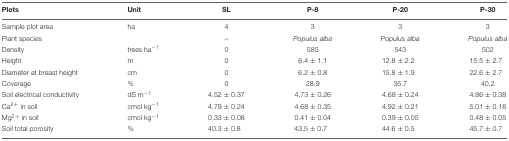
| Plots | Unit | SL | P-8 | P-20 | P-30 |
 | --- | --- | --- | --- | --- | --- |
 | Sample plot area | ha | 4 | 3 | 3 | 3 |
 | Plant species |  | – | Populus alba | Populus alba | Populus alba |
 | Density | trees ha-1 | 0 | 585 | 543 | 502 |
 | Height | m | 0 | 6.4 ± 1.1 | 12.8 ± 2.2 | 15.5 ± 2.7 |
 | Diameter at breast height | cm | 0 | 6.2 ± 0.8 | 15.8 ± 1.9 | 22.6 ± 2.7 |
 | Coverage | % | 0 | 28.9 | 35.7 | 40.2 |
 | Soil electrical conductivity | dS m-1 | 4.52 ± 0.37 | 4.73 ± 0.26 | 4.68 ± 0.24 | 4.86 ± 0.38 |
 | Ca2+ in soil | cmol kg-1 | 4.79 ± 0.24 | 4.68 ± 0.35 | 4.92 ± 0.21 | 5.01 ± 0.18 |
 | Mg2+ in soil | cmol kg-1 | 0.33 ± 0.08 | 0.41 ± 0.04 | 0.39 ± 0.05 | 0.48 ± 0.05 |
 | Soil total porosity | % | 40.3 ± 0.8 | 43.5 ± 0.7 | 44.6 ± 0.5 | 45.7 ± 0.7 |